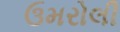
ઉમરોલી